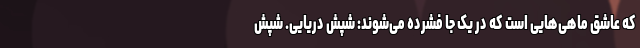
که عاشق ماهی‌هایی است که در یک جا فشرده می‌شوند: شپش دریایی. شپش